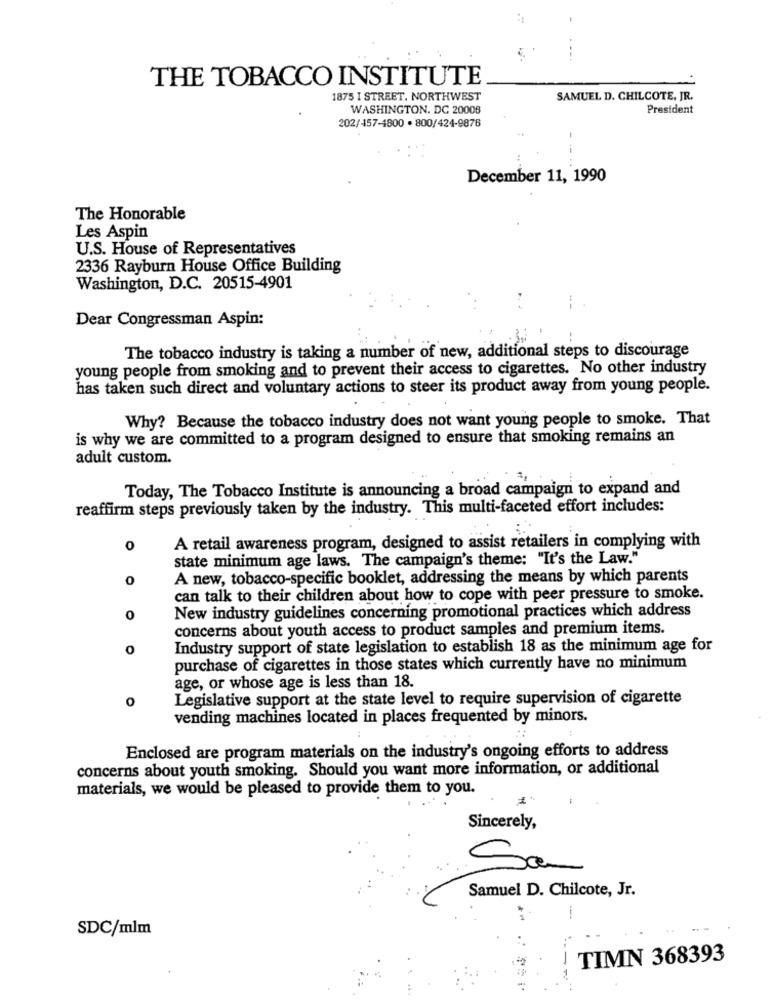
THE TOBACCO INSTITUTE
1875 I STREET. NORTHWEST
SAMUEL D. CHILCOTE, JR.
WASHINGTON, DC 20008
President
202/457-4800 · 800/424-9876
December 11, 1990
The Honorable
Les Aspin
U.S. House of Representatives
2336 Rayburn House Office Building
Washington, D.C. 20515-4901
Dear Congressman Aspin:
The tobacco industry is taking a number of new, additional steps to discourage
young people from smoking and to prevent their access to cigarettes. No other industry
has taken such direct and voluntary actions to steer its product away from young people.
Why? Because the tobacco industry does not want young people to smoke. That
is why we are committed to a program designed to ensure that smoking remains an
adult custom.
Today, The Tobacco Institute is announcing a broad campaign to expand and
reaffirm steps previously taken by the industry. This multi-faceted effort includes:
A retail awareness program, designed to assist retailers in complying with
0
state minimum age laws. The campaign's theme: "It's the Law."
0
A new, tobacco-specific booklet, addressing the means by which parents
can talk to their children about how to cope with peer pressure to smoke.
New industry guidelines concerning promotional practices which address
0
concerns about youth access to product samples and premium items.
0
Industry support of state legislation to establish 18 as the minimum age for
purchase of cigarettes in those states which currently have no minimum
age, or whose age is less than 18.
O
Legislative support at the state level to require supervision of cigarette
vending machines located in places frequented by minors.
Enclosed are program materials on the industry's ongoing efforts to address
concerns about youth smoking. Should you want more information, or additional
materials, we would be pleased to provide them to you.
Sincerely,
San
Samuel D. Chilcote, Jr.
-
SDC/mlm
TIMN 368393